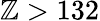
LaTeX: \mathbb{Z}>132